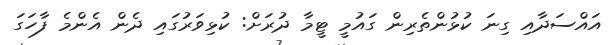
އައްސަދާއި ގިނަ ކުޅުންތެރިން ގައުމީ ޓީމާ ދުރަށް: ކުޅިވަރުގައި ދެން އެންމެ ފާހަގަ